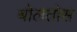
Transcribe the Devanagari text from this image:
बोलतोस